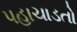
પહાચાડતો